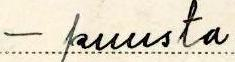
- puusta